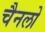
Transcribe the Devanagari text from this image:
चैनलो